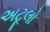
અટૂલો